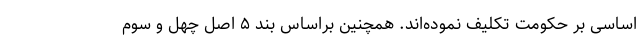
اساسی بر حکومت تکلیف نموده‌اند. همچنین براساس بند ۵ اصل چهل و سوم